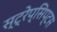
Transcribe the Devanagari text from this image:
स्ट्रेप्सिप्टस